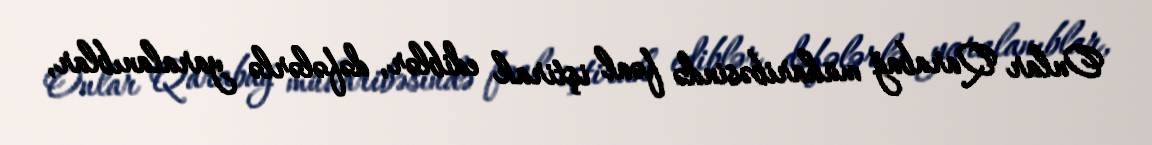
Onlar Qarabağ müharibəsində fəal iştirak ediblər, dəfələrlə yaralanıblar,